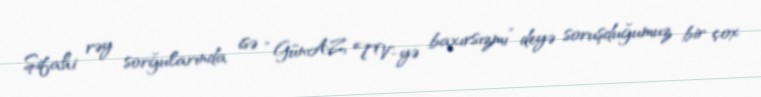
Şifahi rəy sorğularında isə “GünAZ TV-yə baxırsızmı” deyə soruşduğumuz bir çox